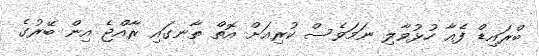
ބްރައިޑް ފެއާ ހުޅުވާލި ނަމަވެސް ކުރިއަށް އޮތް ތާނގައި ރާއްޖެ އިން ބޭރުގެ